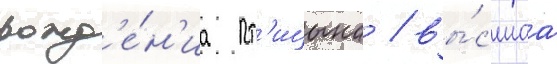
рожд'е́н'иа пт'ицына / вы́сшаа